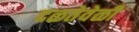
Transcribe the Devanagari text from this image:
दळतेवेळी